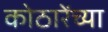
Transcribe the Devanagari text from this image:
कोठारेंच्या